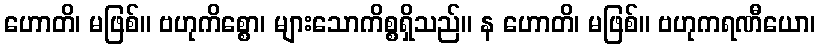
ဟောတိ၊ မဖြစ်။ ဗဟုကိစ္စော၊ များသောကိစ္စရှိသည်။ န ဟောတိ၊ မဖြစ်။ ဗဟုကရဏီယော၊